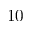
1 0